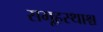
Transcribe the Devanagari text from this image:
समूहस्थाश्च